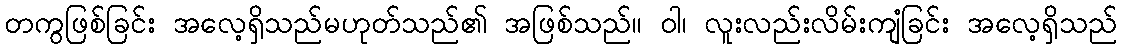
တကွဖြစ်ခြင်း အလေ့ရှိသည်မဟုတ်သည်၏ အဖြစ်သည်။ ဝါ၊ လူးလည်းလိမ်းကျံခြင်း အလေ့ရှိသည်